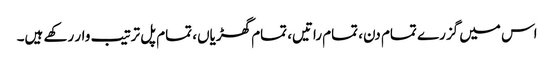
اس میں گزرے تمام دن، تمام راتیں، تمام گھڑیاں، تمام پل ترتیب وار رکھے ہیں۔